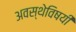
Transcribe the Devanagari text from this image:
अवस्थेविषयी